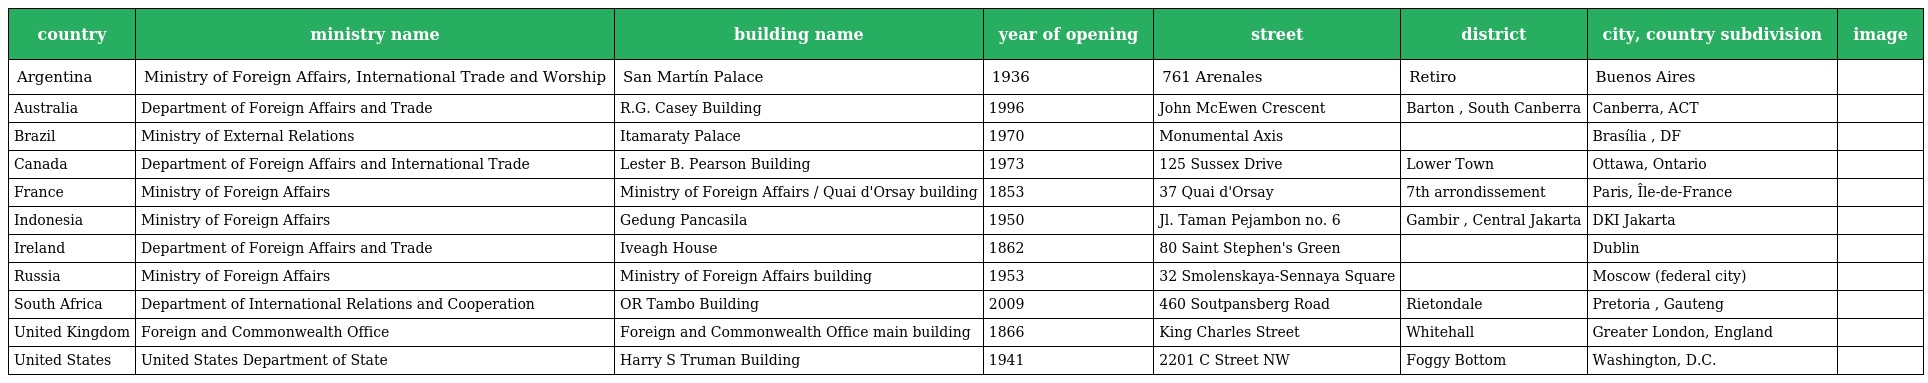
| country | ministry name | building name | year of opening | street | district | city, country subdivision | image |
 | --- | --- | --- | --- | --- | --- | --- | --- |
 | Argentina | Ministry of Foreign Affairs, International Trade and Worship | San Martín Palace | 1936 | 761 Arenales | Retiro | Buenos Aires |  |
 | Australia | Department of Foreign Affairs and Trade | R.G. Casey Building | 1996 | John McEwen Crescent | Barton , South Canberra | Canberra, ACT |  |
 | Brazil | Ministry of External Relations | Itamaraty Palace | 1970 | Monumental Axis |  | Brasília , DF |  |
 | Canada | Department of Foreign Affairs and International Trade | Lester B. Pearson Building | 1973 | 125 Sussex Drive | Lower Town | Ottawa, Ontario |  |
 | France | Ministry of Foreign Affairs | Ministry of Foreign Affairs / Quai d'Orsay building | 1853 | 37 Quai d'Orsay | 7th arrondissement | Paris, Île-de-France |  |
 | Indonesia | Ministry of Foreign Affairs | Gedung Pancasila | 1950 | Jl. Taman Pejambon no. 6 | Gambir , Central Jakarta | DKI Jakarta |  |
 | Ireland | Department of Foreign Affairs and Trade | Iveagh House | 1862 | 80 Saint Stephen's Green |  | Dublin |  |
 | Russia | Ministry of Foreign Affairs | Ministry of Foreign Affairs building | 1953 | 32 Smolenskaya-Sennaya Square |  | Moscow (federal city) |  |
 | South Africa | Department of International Relations and Cooperation | OR Tambo Building | 2009 | 460 Soutpansberg Road | Rietondale | Pretoria , Gauteng |  |
 | United Kingdom | Foreign and Commonwealth Office | Foreign and Commonwealth Office main building | 1866 | King Charles Street | Whitehall | Greater London, England |  |
 | United States | United States Department of State | Harry S Truman Building | 1941 | 2201 C Street NW | Foggy Bottom | Washington, D.C. |  |